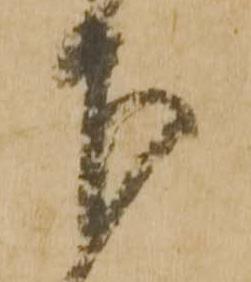
下